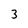
Character: 3